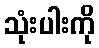
သုံးပါးကို